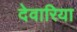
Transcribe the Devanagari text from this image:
देवारिया